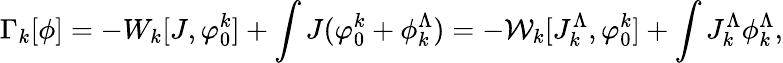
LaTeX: \Gamma_{k}[\phi]=-W_{k}[J,\varphi_{0}^{k}]+\int J(\varphi_{0}^{k}+\phi_{k}^{\Lambda})=-{\mathcal W}_{k}[J_{k}^{\Lambda},\varphi_{0}^{k}]+\int J_{k}^{\Lambda}\phi_{k}^{\Lambda},